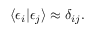
\langle \epsilon _ { i } | \epsilon _ { j } \rangle \approx \delta _ { i j } .